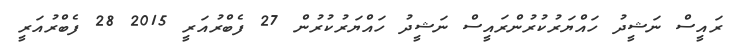
ރައީސް ނަޝީދު ހައްޔަރުކުރުންރައީސް ނަޝީދު ހައްޔަރުކުރުން 27 ފެބްރުއަރީ 2015 28 ފެބްރުއަރީ